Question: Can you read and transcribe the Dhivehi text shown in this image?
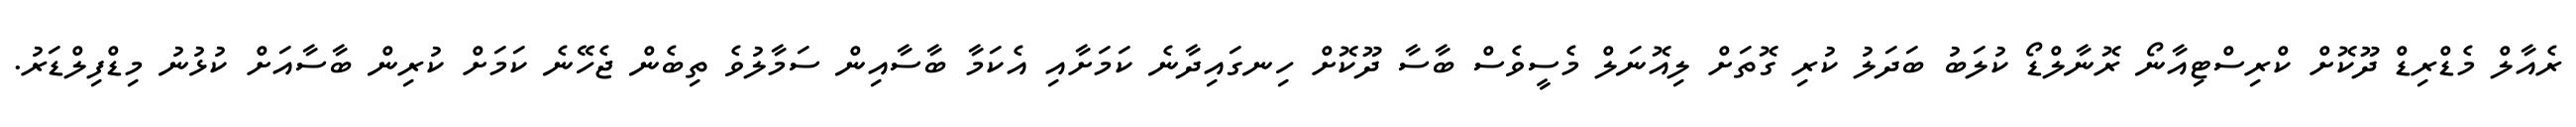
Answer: ރެއާލް މެޑްރިޑް ދޫކޮށް ކްރިސްޓިއާނޯ ރޮނާލްޑޯ ކުލަބު ބަދަލު ކުރި ގޮތަށް ލިއޮނަލް މެސީވެސް ބާސާ ދޫކޮށް ހިނގައިދާނެ ކަމަށާއި އެކަމާ ބާސާއިން ސަމާލުވެ ތިބެން ޖެހޭނެ ކަމަށް ކުރިން ބާސާއަށް ކުޅުނު މިޑްފިލްޑަރު.